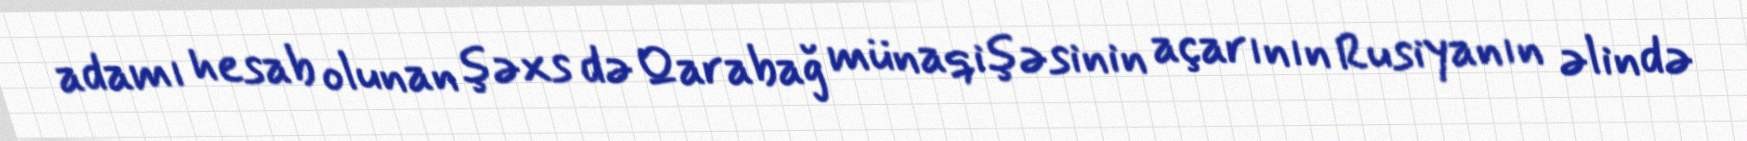
adamı hesab olunan şəxs də Qarabağ münaqişəsinin açarının Rusiyanın əlində